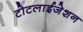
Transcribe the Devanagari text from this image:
टोटलाईजेशन